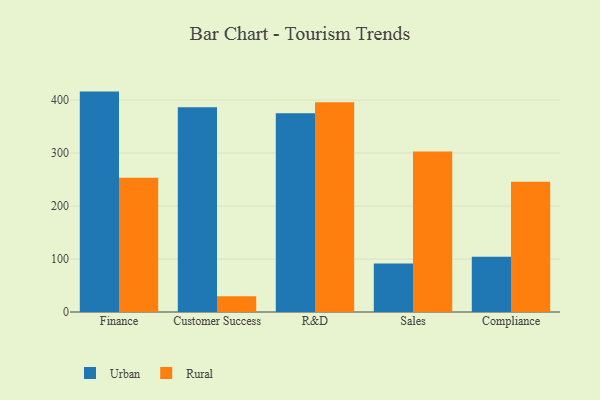
{"axis": {"x": "Department", "y": "Shipments"}, "legend": ["Rural", "Urban"], "data": [{"x": "Finance", "y": 416.0, "type": "Urban"}, {"x": "Finance", "y": 253.4, "type": "Rural"}, {"x": "Customer Success", "y": 386.3, "type": "Urban"}, {"x": "Customer Success", "y": 29.9, "type": "Rural"}, {"x": "R&D", "y": 375.3, "type": "Urban"}, {"x": "R&D", "y": 395.9, "type": "Rural"}, {"x": "Sales", "y": 91.5, "type": "Urban"}, {"x": "Sales", "y": 303.1, "type": "Rural"}, {"x": "Compliance", "y": 104.2, "type": "Urban"}, {"x": "Compliance", "y": 246.0, "type": "Rural"}]}